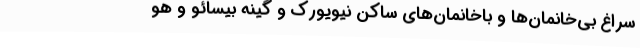
سراغ بی‌خانمان‌ها و باخانمان‌های ساکن نیویورک و گینه‌ بیسائو و هو